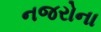
નજરોના